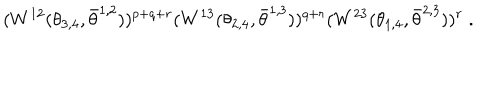
LaTeX: ( W ^ { 1 2 } ( \theta _ { 3 , 4 } , \bar { \theta } ^ { 1 , 2 } ) ) ^ { p + q + r } ( W ^ { 1 3 } ( \theta _ { 2 , 4 } , \bar { \theta } ^ { 1 , 3 } ) ) ^ { q + r } ( W ^ { 2 3 } ( \theta _ { 1 , 4 } , \bar { \theta } ^ { 2 , 3 } ) ) ^ { r } \; .